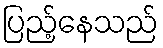
ပြည့်နေသည်